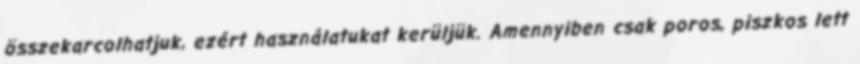
összekarcolhatjuk, ezért használatukat kerüljük. Amennyiben csak poros, piszkos lett